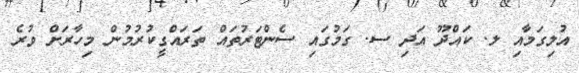
އުލިގަމާއި ލ. ކައްދޫ އަދި ސ. ގަމުގައި ސެންޓަރުތައް ތަރައްގީކުރުމުން މިހާރަށް ވުރެ